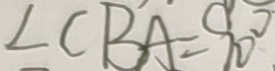
\angle C B A = 9 0 ^ { \circ }